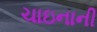
ચાઇનાની